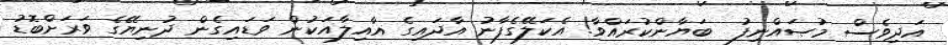
އަދިވެސް މުޞައްނިފު  ބަޔާންކުރައްވާ! އެކަލޭގެފާނު އާދައިގެ އާއިލާއަކުން ވަޑައިގެން ދުނިޔޭގެ ވަރަށްބޮޑު